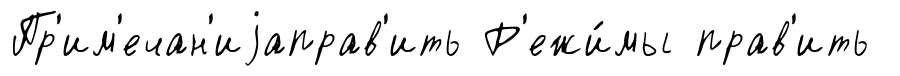
Пр'им'ечан'иjаправ'ить Р'ежи́мы прав'ить